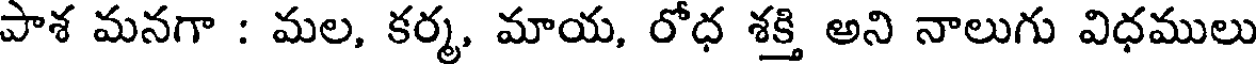
పాశ మనగా : మల, కర్మ, మాయ, రోధ శక్తి అని నాలుగు విధములు